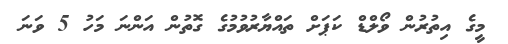
މީގެ އިތުރުން ވޯލްޑް ކަޕަށް ތައްޔާރުވުމުގެ ގޮތުން އަންނަ މަހު 5 ވަނަ